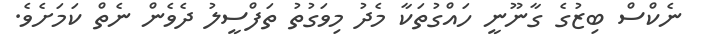
ނެކްސް ބިޒުގެ ގާނޫނީ ހައްގުތަކާ މެދު މިވަގުތު ތަފްސީލު ދެވެން ނެތް ކަމަށެވެ.